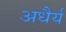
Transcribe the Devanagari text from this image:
अधैर्य